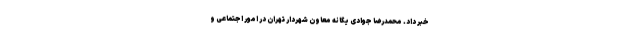
خبر داد. محمدرضا جوادی یگانه معاون شهردار تهران در امور اجتماعی و